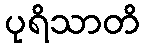
ပုရိသာတိ